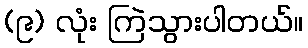
(၉) လုံး ကြဲသွားပါတယ်။